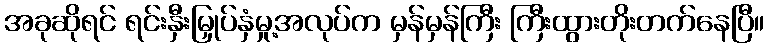
အခုဆိုရင် ရင်းနှီးမြှုပ်နှံမှု့အလုပ်က မှန်မှန်ကြီး ကြီးထွားတိုးတက်နေပြီ။